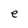
Character: e